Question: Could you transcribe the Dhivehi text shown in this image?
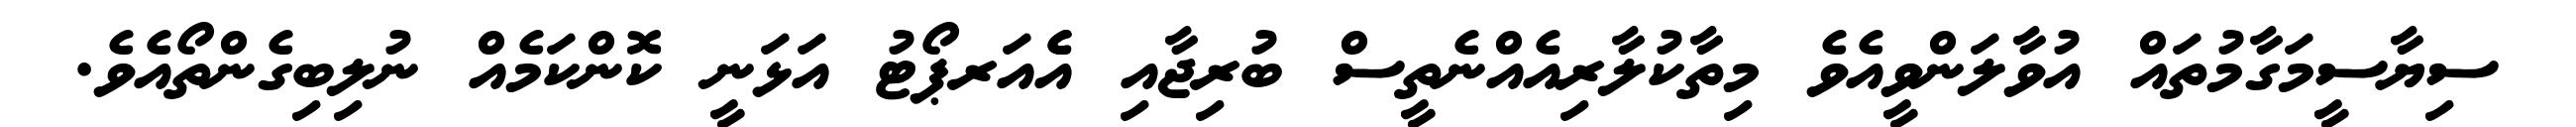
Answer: ސިޔާސީމަގާމުތައް އުވާލަންވީއެވެ މިތާކުލާރިއެއްނެތީސް ބުރިޖާއި އެެއަރޕޯޓު އަޅަނީ ކޮންކަމެއް ނުލިބިގެންތޯއެވެ.